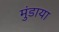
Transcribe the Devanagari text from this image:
मुंडाया